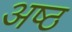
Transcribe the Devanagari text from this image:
अष्‍ठ